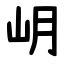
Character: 岄